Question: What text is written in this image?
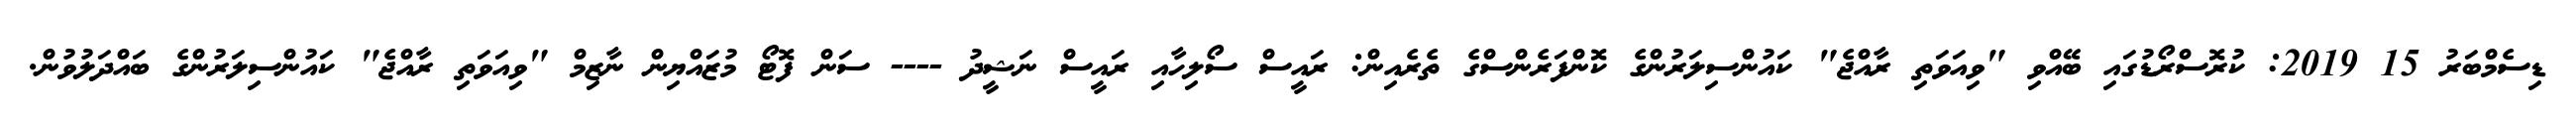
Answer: ޑިސެމްބަރު 15 2019: ކުރޮސްރޯޑުގައި ބޭއްވި "ވިއަވަތި ރާއްޖެ" ކައުންސިލަރުންގެ ކޮންފަރެންސްގެ ތެރެއިން: ރައީސް ސޯލިހާއި ރައީސް ނަޝީދު ---- ސަން ފޮޓޯ މުޒައްޔިން ނާޒިމް "ވިއަވަތި ރާއްޖެ" ކައުންސިލަރުންގެ ބައްދަލުވުން.